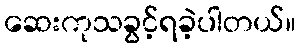
ဆေးကုသခွင့်ရခဲ့ပါတယ်။